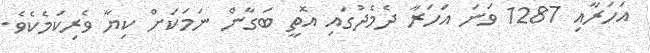
އަހަރާއި 1287 ވަނަ އަހަރާ ދެމެދުގައި އޮތީ ބަގާން ނަމަކަށް ކިޔާ ވެރިކަމެކެވެ.